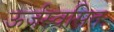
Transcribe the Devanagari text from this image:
ऊर्जस्वसित